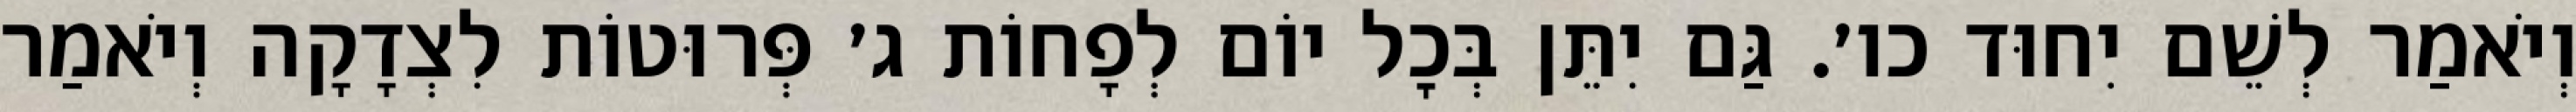
וְיֹאמַר לְשֵׁם יִחוּד כו׳. גַּם יִתֵּן בְּכׇל יוֹם לְפָחוֹת ג׳ פְּרוּטוֹת לִצְדָקָה וְיֹאמַר